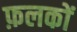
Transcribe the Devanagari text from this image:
फ़लकों